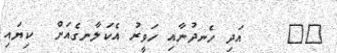
٤٢    އަދި ހެނދުނާއި ހަވީރު އެކަލާނގެއަށް  ކިޔައި